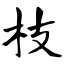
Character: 枝